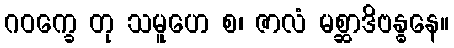
ဂဝက္ခေ တု သမူဟေ စ၊ ဇာလံ မစ္ဆာဒိဗန္ဓနေ။